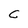
Character: C